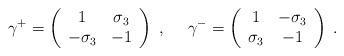
LaTeX: \begin{align*}\gamma^+=\left(\begin{array}{cc} 1 & \sigma_3 \\ -\sigma_3 & -1 \end{array}\right)~,~~~~ \gamma^-=\left(\begin{array}{cc} 1 & -\sigma_3 \\ \sigma_3 & -1 \end{array}\right)\;.\end{align*}